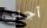
أجاي